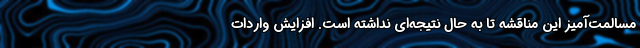
مسالمت‌آمیز این مناقشه تا به حال نتیجه‌ای نداشته است. افزایش واردات